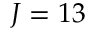
J = 1 3